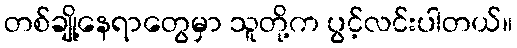
တစ်ချို့နေရာတွေမှာ သူတို့က ပွင့်လင်းပါတယ်။